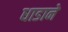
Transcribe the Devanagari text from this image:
धाडाने